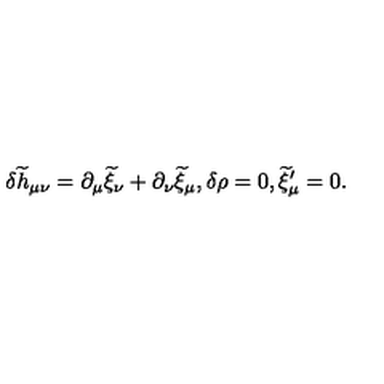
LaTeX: \delta { \widetilde h } _ { \mu \nu } = \partial _ { \mu } { \widetilde \xi } _ { \nu } + \partial _ { \nu } { \widetilde \xi } _ { \mu } , \delta \rho = 0 , { \widetilde \xi } _ { \mu } ^ { \prime } = 0 .